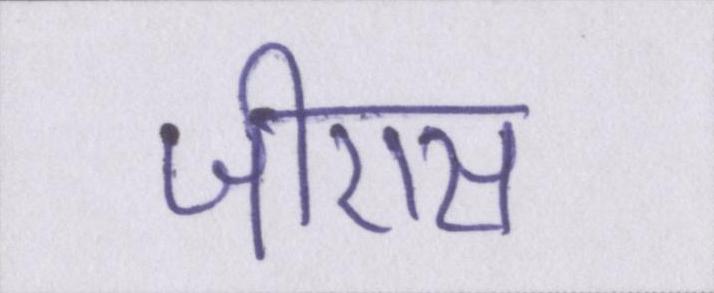
जीएस